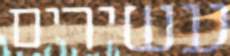
עשירים